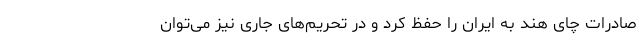
صادرات چای هند به ایران را حفظ کرد و در تحریم‌های جاری نیز می‌توان